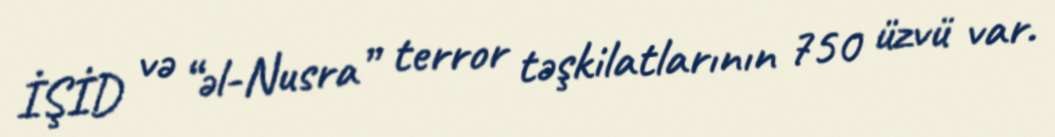
İŞİD və “əl-Nusra” terror təşkilatlarının 750 üzvü var.